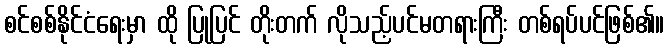
စင်စစ်နိုင်ငံရေးမှာ ထို ပြုပြင် တိုးတက် လိုသည့်ပင်မတရားကြီး တစ်ရပ်ပင်ဖြစ်၏။